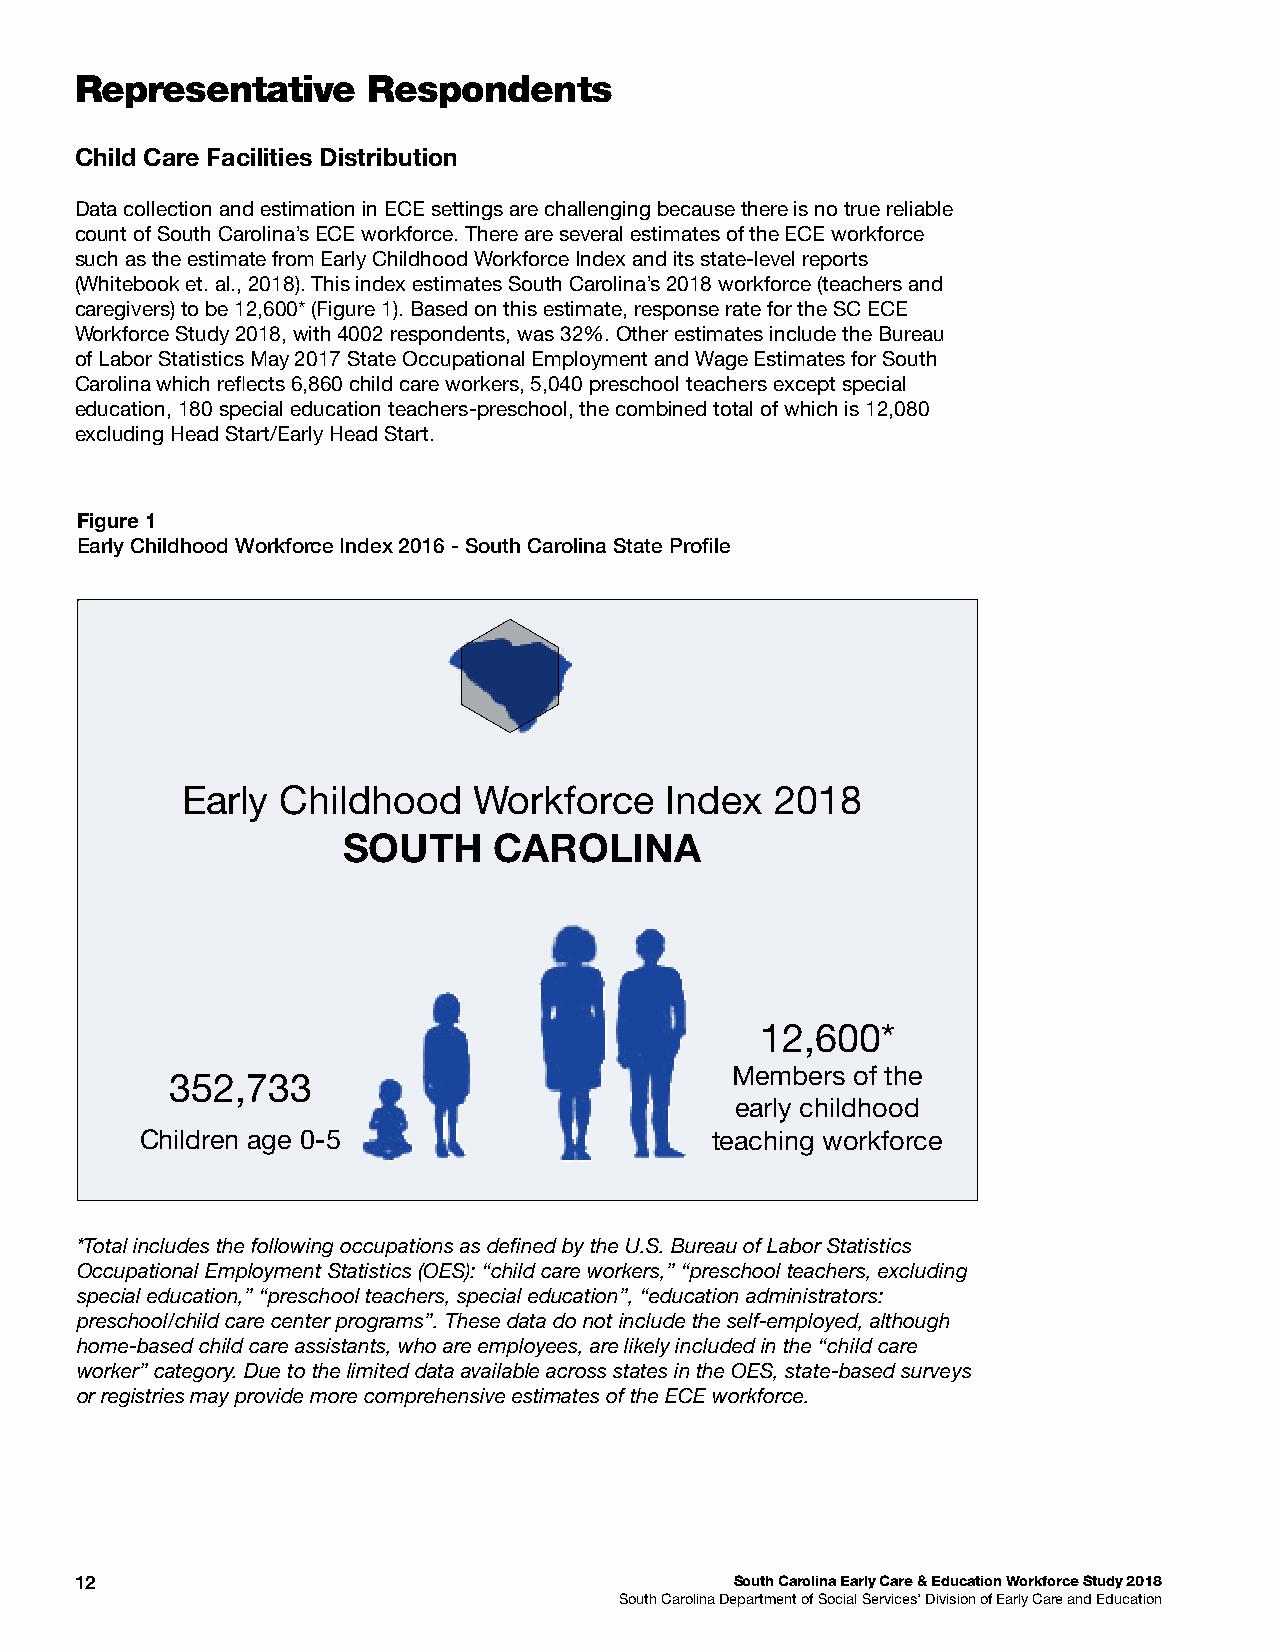
Representative     Respondents
 Child Care Facilities Distribution
 Data collection and estimation in ECE settings are challenging because there is no true reliable
 count of South Carolina’s ECE workforce. There are several estimates of the ECE workforce
 such as the estimate from Early Childhood Workforce Index and its state-level reports
 (Whitebook et. al., 2018). This index estimates South Carolina’s 2018 workforce (teachers and
 caregivers) to be 12,600* (Figure 1). Based on this estimate, response rate for the SC ECE
 Workforce Study 2018, with 4002 respondents, was 32%. Other estimates include the Bureau
 of Labor Statistics May 2017 State Occupational Employment and Wage Estimates for South
 Carolina which refects 6,860 child care workers, 5,040 preschool teachers except special
 education, 180 special education teachers-preschool, the combined total of which is 12,080
 excluding Head Start/Early Head Start.
 Figure 1
 Early Childhood Workforce Index 2016 - South Carolina State Profle
 Early  Childhood   Workforce    Index  2018
 SOUTH     CAROLINA
 12,600*
 Members  of the
 352,733
 early childhood
 Children age 0-5                      teaching workforce
 *Total includes the following occupations as defned by the U.S. Bureau of Labor Statistics
 Occupational Employment Statistics (OES): “child care workers,” “preschool teachers, excluding
 special education,” “preschool teachers, special education”, “education administrators:
 preschool/child care center programs”. These data do not include the self-employed, although
 home-based child care assistants, who are employees, are likely included in the “child care
 worker” category. Due to the limited data available across states in the OES, state-based surveys
 or registries may provide more comprehensive estimates of the ECE workforce.
 12                                          South Carolina Early Care & Education Workforce Study 2018
 South Carolina Department of Social Services’ Division of Early Care and Education